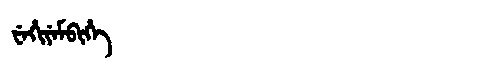
Manchu: ᠸᡝᡥᡳᠶᡝᠮᠪᡳᡥᡝ
Romanization: WEHIYEMBIHE